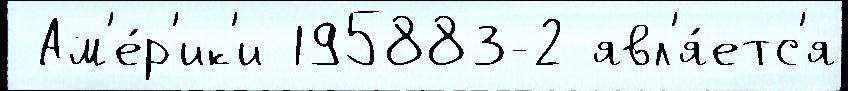
 Ам'е́р'ик'и 195883-2 явл'я́етс'я